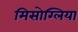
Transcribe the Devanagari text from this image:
मिसोग्लिया